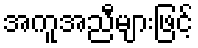
အကူအညီများဖြင့်